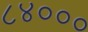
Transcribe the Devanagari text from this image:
८४०००